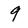
Character: 9